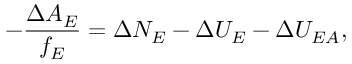
- \frac { \Delta A _ { E } } { f _ { E } } = \Delta N _ { E } - \Delta U _ { E } - \Delta U _ { E A } ,